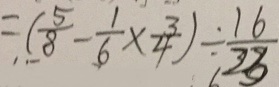
= ( \frac { 5 } { 8 } - \frac { 1 } { 6 } \times \frac { 3 } { 4 } ) \div \frac { 1 6 } { 2 3 }